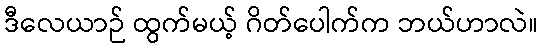
ဒီလေယာဉ် ထွက်မယ့် ဂိတ်ပေါက်က ဘယ်ဟာလဲ။